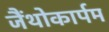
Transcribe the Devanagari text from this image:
जैंथोकार्पम